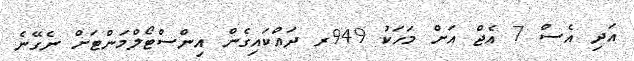
އަދި އެސް 7 އެޖް އަށް މަހަކު 949ރ ދައްކައިގެން އިންސްޓޯލްމަންޓަށް ނެގޭނެ